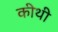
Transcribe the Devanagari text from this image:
कीथी